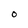
Character: O